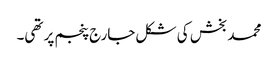
محمد بخش کی شکل جارج پنجم پر تھی۔